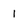
Character: I